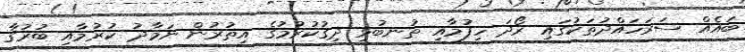
ބައެއް ސަރަހައްދުތަކުގައި ރޯދަ ހިފުމާއި ތުނބުޅި ދިގުކުރުމުގެ އިތުރުން ނަމާދު ކުރުމާއި ބުރުގާ